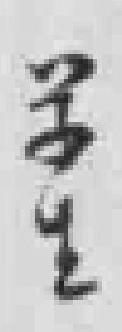
学生